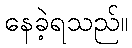
နေခဲ့ရသည်။